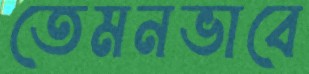
তেমনভাবে